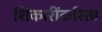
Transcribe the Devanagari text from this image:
शिकारींकरिता